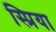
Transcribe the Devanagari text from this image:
स्प्रिया